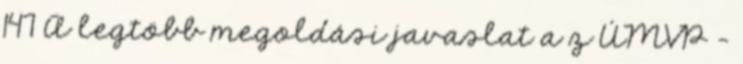
147 A legtöbb megoldási javaslat a z ÚMVP -